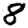
Digit: 8